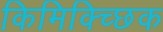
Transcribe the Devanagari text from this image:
किमिक्च्छिक